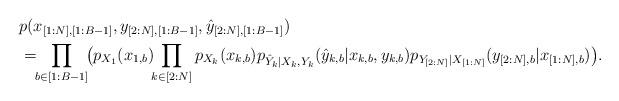
LaTeX: \begin{align*}& p(x_{[1:N],[1:B-1]},y_{[2:N],[1:B-1]},\hat{y}_{[2:N],[1:B-1]}) \cr&=\!\!\prod_{b\in [1:B-1]}\! \!\big( p_{X_1}(x_{1,b})\!\!\prod_{k\in [2:N]} p_{X_k}(x_{k,b})p_{\hat{Y}_k|X_k,Y_k}(\hat{y}_{k,b}|x_{k,b},y_{k,b}) p_{Y_{[2:N]}|X_{[1:N]}}(y_{[2:N],b}|x_{[1:N],b})\big). \end{align*}